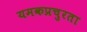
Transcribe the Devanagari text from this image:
यमकप्रचुरता